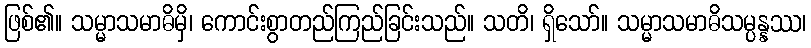
ဖြစ်၏။ သမ္မာသမာဓိမှိ၊ ကောင်းစွာတည်ကြည်ခြင်းသည်။ သတိ၊ ရှိသော်။ သမ္မာသမာဓိသမ္ပန္နဿ၊